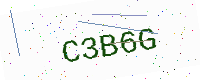
Text: C3B6G